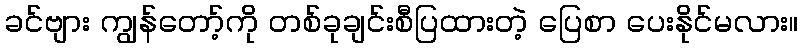
ခင်ဗျား ကျွန်တော့်ကို တစ်ခုချင်းစီပြထားတဲ့ ပြေစာ ပေးနိုင်မလား။